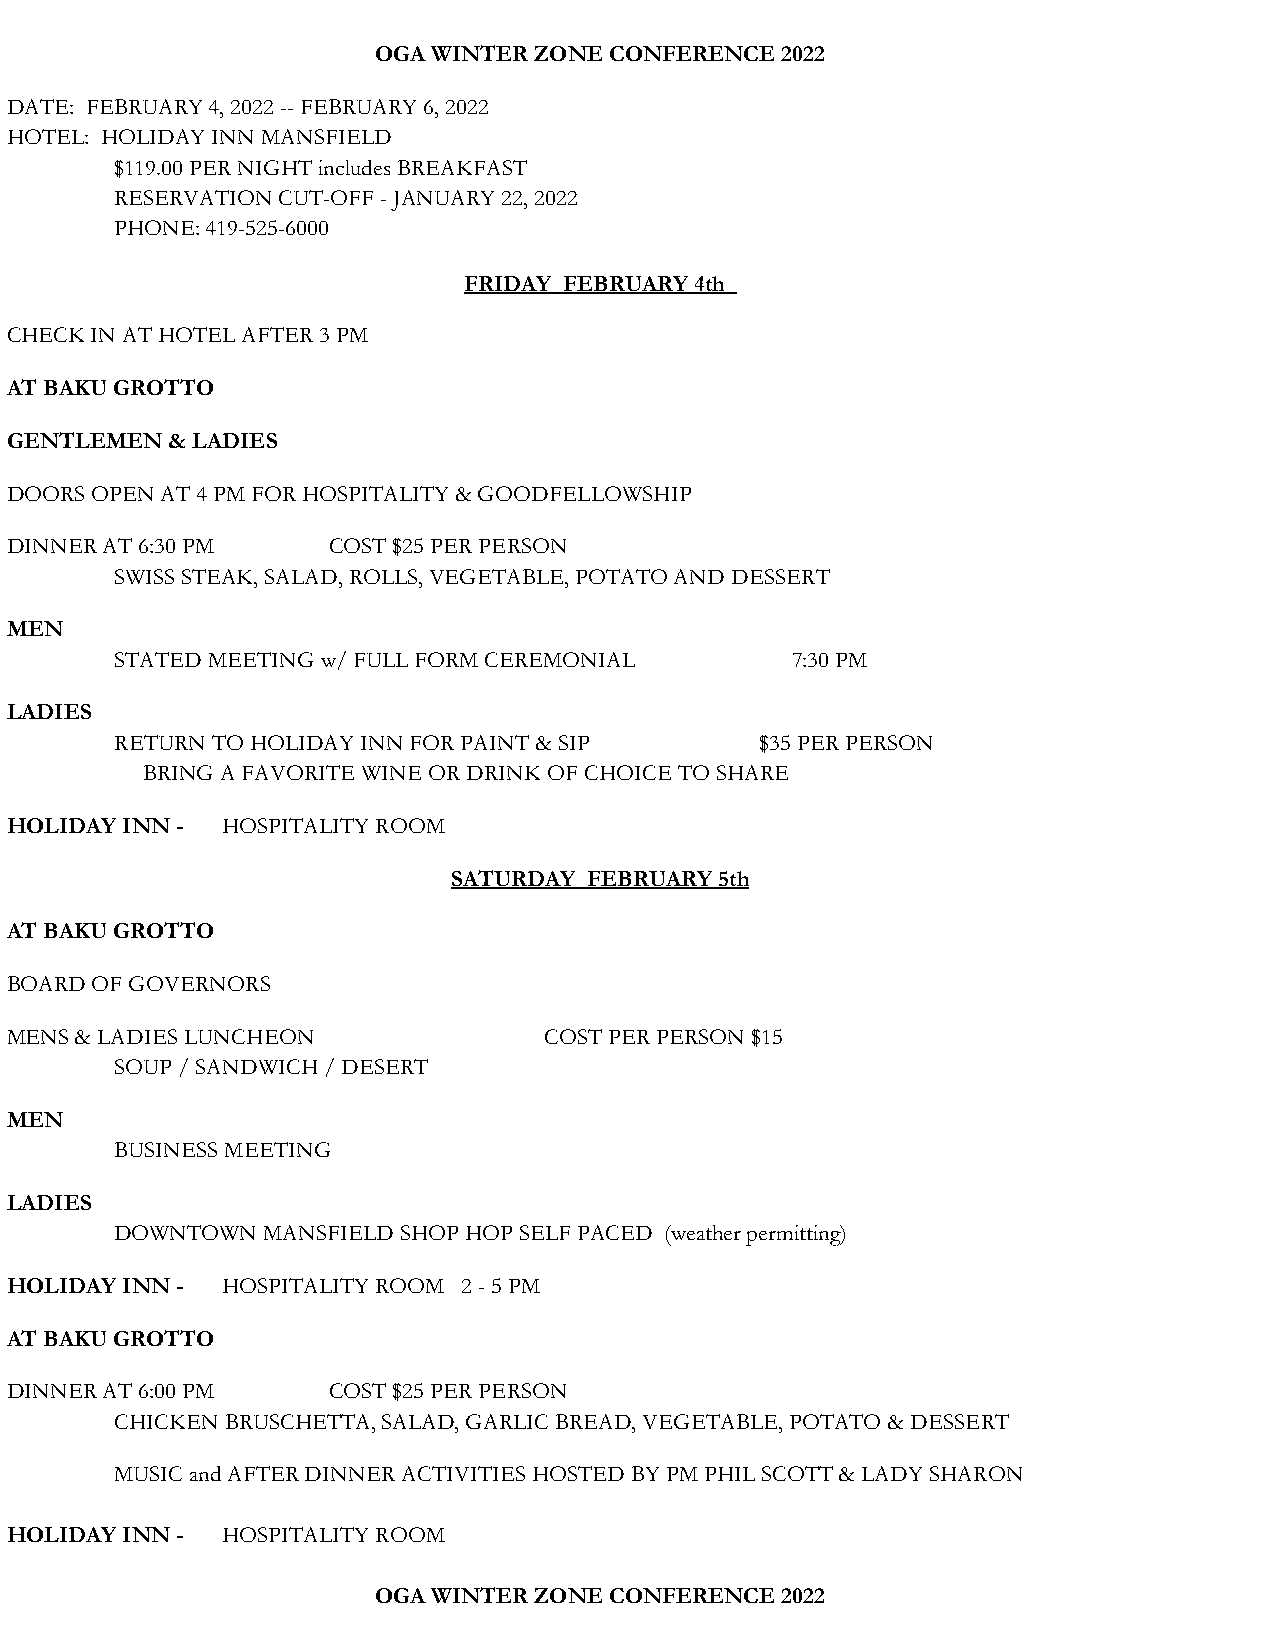
OGA WINTER ZONE CONFERENCE 2022
 DATE: FEBRUARY 4, 2022 -- FEBRUARY 6, 2022
 HOTEL: HOLIDAY INN MANSFIELD
 $119.00 PER NIGHT includes BREAKFAST
 RESERVATION CUT-OFF - JANUARY 22, 2022
 PHONE: 419-525-6000
 FRIDAY FEBRUARY 4th
 CHECK IN AT HOTEL AFTER 3 PM
 AT BAKU GROTTO
 GENTLEMEN  & LADIES
 DOORS OPEN AT 4 PM FOR HOSPITALITY & GOODFELLOWSHIP
 DINNER AT 6:30 PM     COST $25 PER PERSON
 SWISS STEAK, SALAD, ROLLS, VEGETABLE, POTATO AND DESSERT
 MEN
 STATED MEETING w/ FULL FORM CEREMONIAL      7:30 PM
 LADIES
 RETURN TO HOLIDAY INN FOR PAINT & SIP     $35 PER PERSON
 BRING A FAVORITE WINE OR DRINK OF CHOICE TO SHARE
 HOLIDAY INN -  HOSPITALITY ROOM
 SATURDAY FEBRUARY 5th
 AT BAKU GROTTO
 BOARD OF GOVERNORS
 MENS & LADIES LUNCHEON              COST PER PERSON $15
 SOUP / SANDWICH / DESERT
 MEN
 BUSINESS MEETING
 LADIES
 DOWNTOWN MANSFIELD SHOP HOP SELF PACED (weather permitting)
 HOLIDAY INN -  HOSPITALITY ROOM 2 - 5 PM
 AT BAKU GROTTO
 DINNER AT 6:00 PM     COST $25 PER PERSON
 CHICKEN BRUSCHETTA, SALAD, GARLIC BREAD, VEGETABLE, POTATO & DESSERT
 MUSIC and AFTER DINNER ACTIVITIES HOSTED BY PM PHIL SCOTT & LADY SHARON
 HOLIDAY INN -  HOSPITALITY ROOM
 OGA WINTER ZONE CONFERENCE 2022